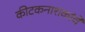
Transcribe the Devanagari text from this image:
कीटकनाशकांचे